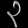
Digit: ၃